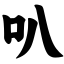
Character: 叭